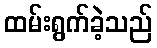
ထမ်းရွက်ခဲ့သည်